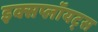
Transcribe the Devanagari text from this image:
इक्सप्लॉयट्स